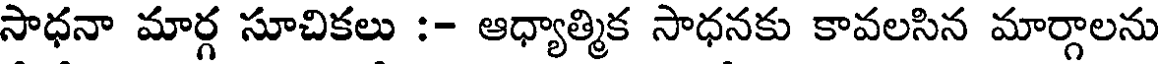
సాధనా మార్గ సూచికలు :- ఆధ్యాత్మిక సాధనకు కావలసిన మార్గాలను